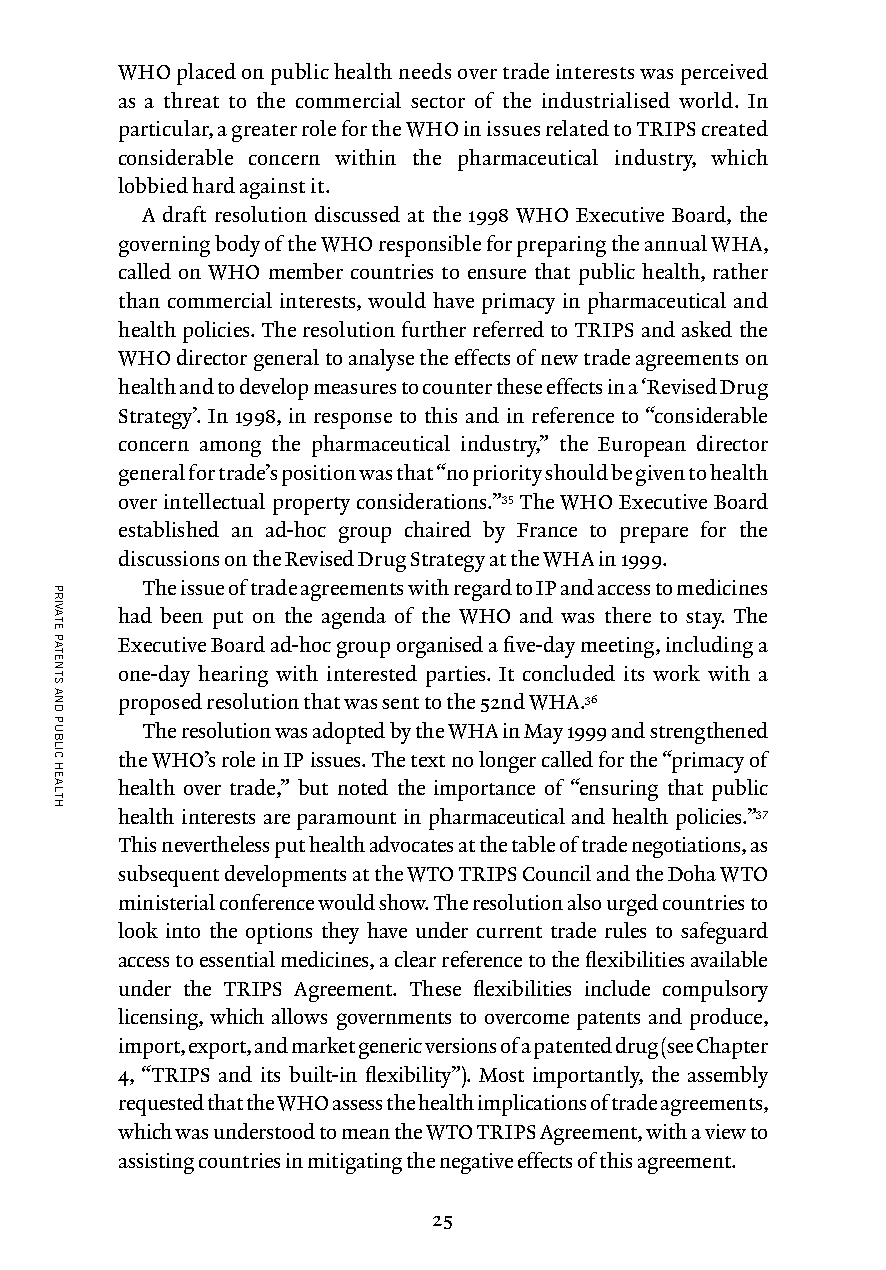
WHO placed on public health needs over trade interests was perceived
 as a threat to the commercial sector of the industrialised world. In
 particular, a greater role for the WHO in issues related to TRIPS created
 considerable concern within the pharmaceutical industry, which
 lobbied hard against it.
 A draft resolution discussed at the 1998 WHO Executive Board, the
 governing body of the WHO responsible for preparing the annual WHA,
 called on WHO member countries to ensure that public health, rather
 than commercial interests, would have primacy in pharmaceutical and
 health policies. The resolution further referred to TRIPS and asked the
 WHO director general to analyse the effects of new trade agreements on
 health and to develop measures to counter these effects in a ‘Revised Drug
 Strategy’. In 1998, in response to this and in reference to “considerable
 concern among the pharmaceutical industry,” the European director
 general for trade’s position was that “no priority should be given to health
 over intellectual property considerations.”35 The WHO Executive Board
 established an ad-hoc group chaired by France to prepare for the
 discussions on the Revised Drug Strategy at the WHA in 1999.
 The issue of trade agreements with regard to IP and access to medicines
 had been put on the agenda of the WHO and was there to stay. The
 Executive Board ad-hoc group organised a five-day meeting, including a
 one-day hearing with interested parties. It concluded its work with a
 proposed resolution that was sent to the 52nd WHA.36
 The resolution was adopted by the WHA in May 1999 and strengthened
 the WHO’s role in IP issues. The text no longer called for the “primacy of
 health over trade,” but noted the importance of “ensuring that public
 health interests are paramount in pharmaceutical and health policies.”37
 This nevertheless put health advocates at the table of trade negotiations, as
 subsequent developments at the WTO TRIPS Council and the Doha WTO
 ministerial conference would show. The resolution also urged countries to
 look into the options they have under current trade rules to safeguard
 access to essential medicines, a clear reference to the flexibilities available
 under the TRIPS Agreement. These flexibilities include compulsory
 licensing, which allows governments to overcome patents and produce,
 import, export, and market generic versions of a patented drug (see Chapter
 4, “TRIPS and its built-in flexibility”). Most importantly, the assembly
 requested that the WHO assess the health implications of trade agreements,
 which was understood to mean the WTO TRIPS Agreement, with a view to
 assisting countries in mitigating the negative effects of this agreement.
 25
 PRIVATE
 PATENTS
 AND
 PUBLIC
 HEALTH